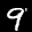
Label: 9